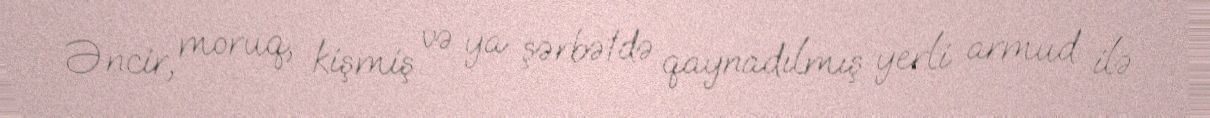
Əncir, moruq, kişmiş və ya şərbətdə qaynadılmış yerli armud ilə